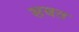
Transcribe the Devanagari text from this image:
सबत